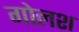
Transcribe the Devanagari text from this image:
गोलश